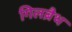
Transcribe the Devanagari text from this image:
गिलब्रैथ